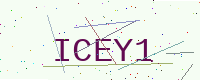
Text: ICEY1